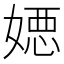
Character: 𡠇